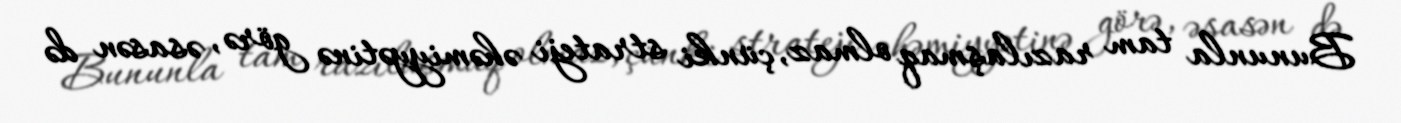
Bununla tam razılaşmaq olmaz, çünki strateji əhəmiyyətinə görə, əsasən də